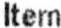
ITEM